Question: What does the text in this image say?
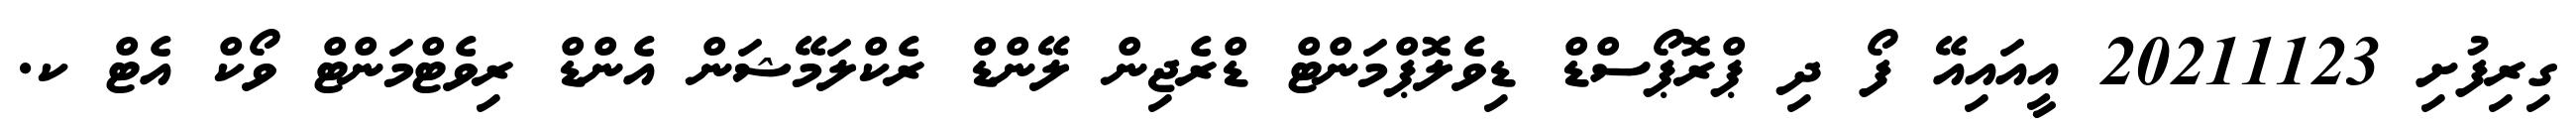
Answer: ގިރިފުށި 20211123 އީއައިއޭ ފޯ ދި ޕްރޮޕޯސްޑް ޑިވެލޮޕްމަންޓް ޑްރެޖިން ލޭންޑް ރެކްލަމޭޝަން އެންޑް ރިވެޓްމަންޓް ވޯކް އެޓް ކ.